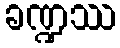
ခဏ္ဍဿ